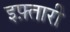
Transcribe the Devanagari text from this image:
इफ़्तारी